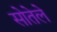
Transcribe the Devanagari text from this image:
सोतेले